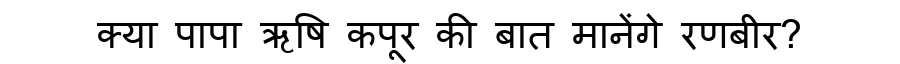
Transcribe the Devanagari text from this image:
क्या पापा ऋषि कपूर की बात मानेंगे रणबीर?